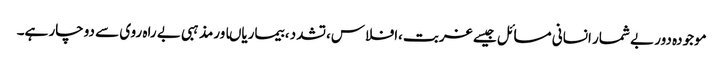
موجودہ دور بے شمار انسانی مسائل جیسے غربت،افلاس،تشدد ،بیماریاںاورمذہبی بے راہ روی سے دوچار ہے۔